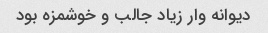
دیوانه وار زیاد جالب و خوشمزه بود